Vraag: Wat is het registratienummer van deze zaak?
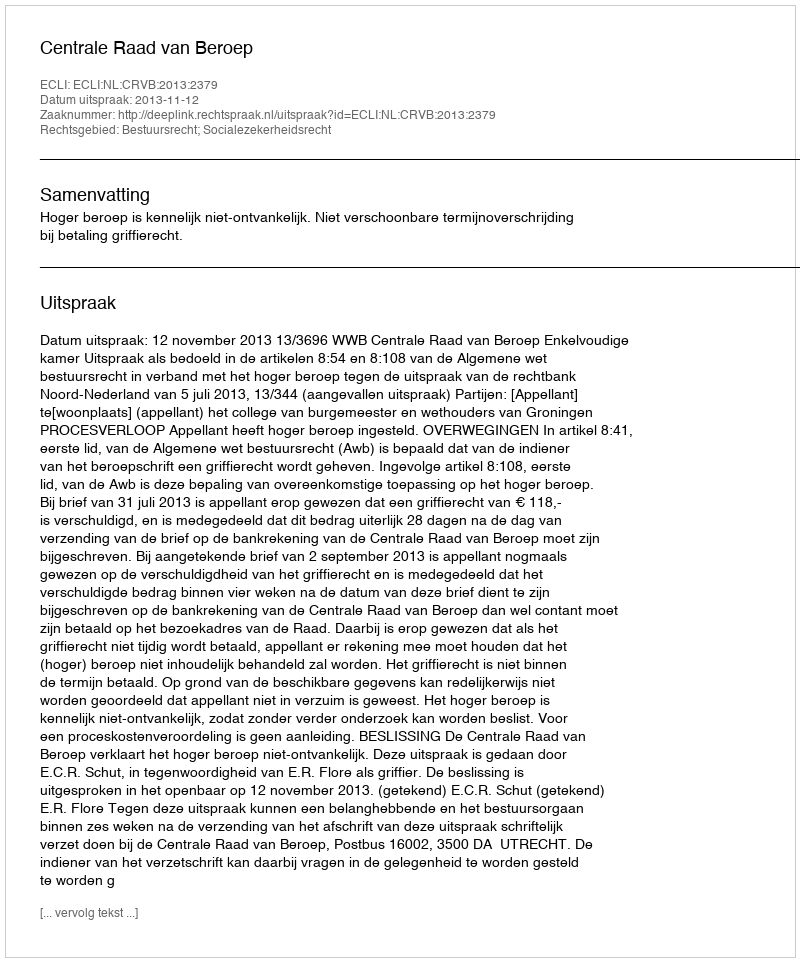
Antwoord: http://deeplink.rechtspraak.nl/uitspraak?id=ECLI:NL:CRVB:2013:2379